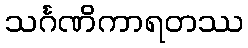
သင်္ဂဏိကာရတဿ